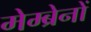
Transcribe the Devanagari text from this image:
मेम्ब्रेनों